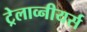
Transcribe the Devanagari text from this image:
ट्रेलाव्नीयर्स